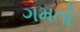
ગમતો